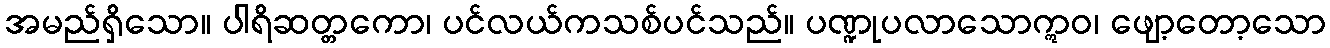
အမည်ရှိသော။ ပါရိဆတ္တကော၊ ပင်လယ်ကသစ်ပင်သည်။ ပဏ္ဍုပလာသောဣဝ၊ ဖျော့တော့သော